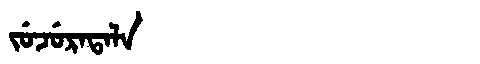
Manchu: ᠵᡠᠵᡠᡵᠠᡨᠠᠯᠠ
Romanization: JUJURATALA